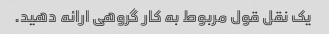
یک نقل قول مربوط به کار گروهی ارائه دهید.